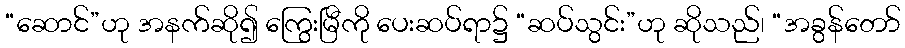
“ဆောင်”ဟု အနက်ဆို၍ ကြွေးမြီကို ပေးဆပ်ရာ၌ “ဆပ်သွင်း”ဟု ဆိုသည်၊ “အခွန်တော်